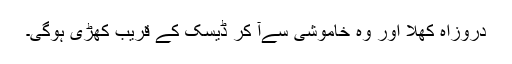
دروزاہ کھلا اور وہ خاموشی سےآ کر ڈیسک کے قریب کھڑی ہوگی۔